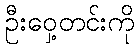
ဦးဝှေ့တင်းကို